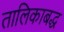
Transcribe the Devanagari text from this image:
तालिकाबद्ध